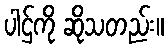
ပါဌ်ကို ဆိုသတည်း။